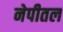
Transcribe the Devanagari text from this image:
नेपीतल